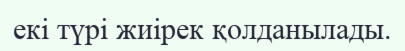
екі түрі жиірек қолданылады.